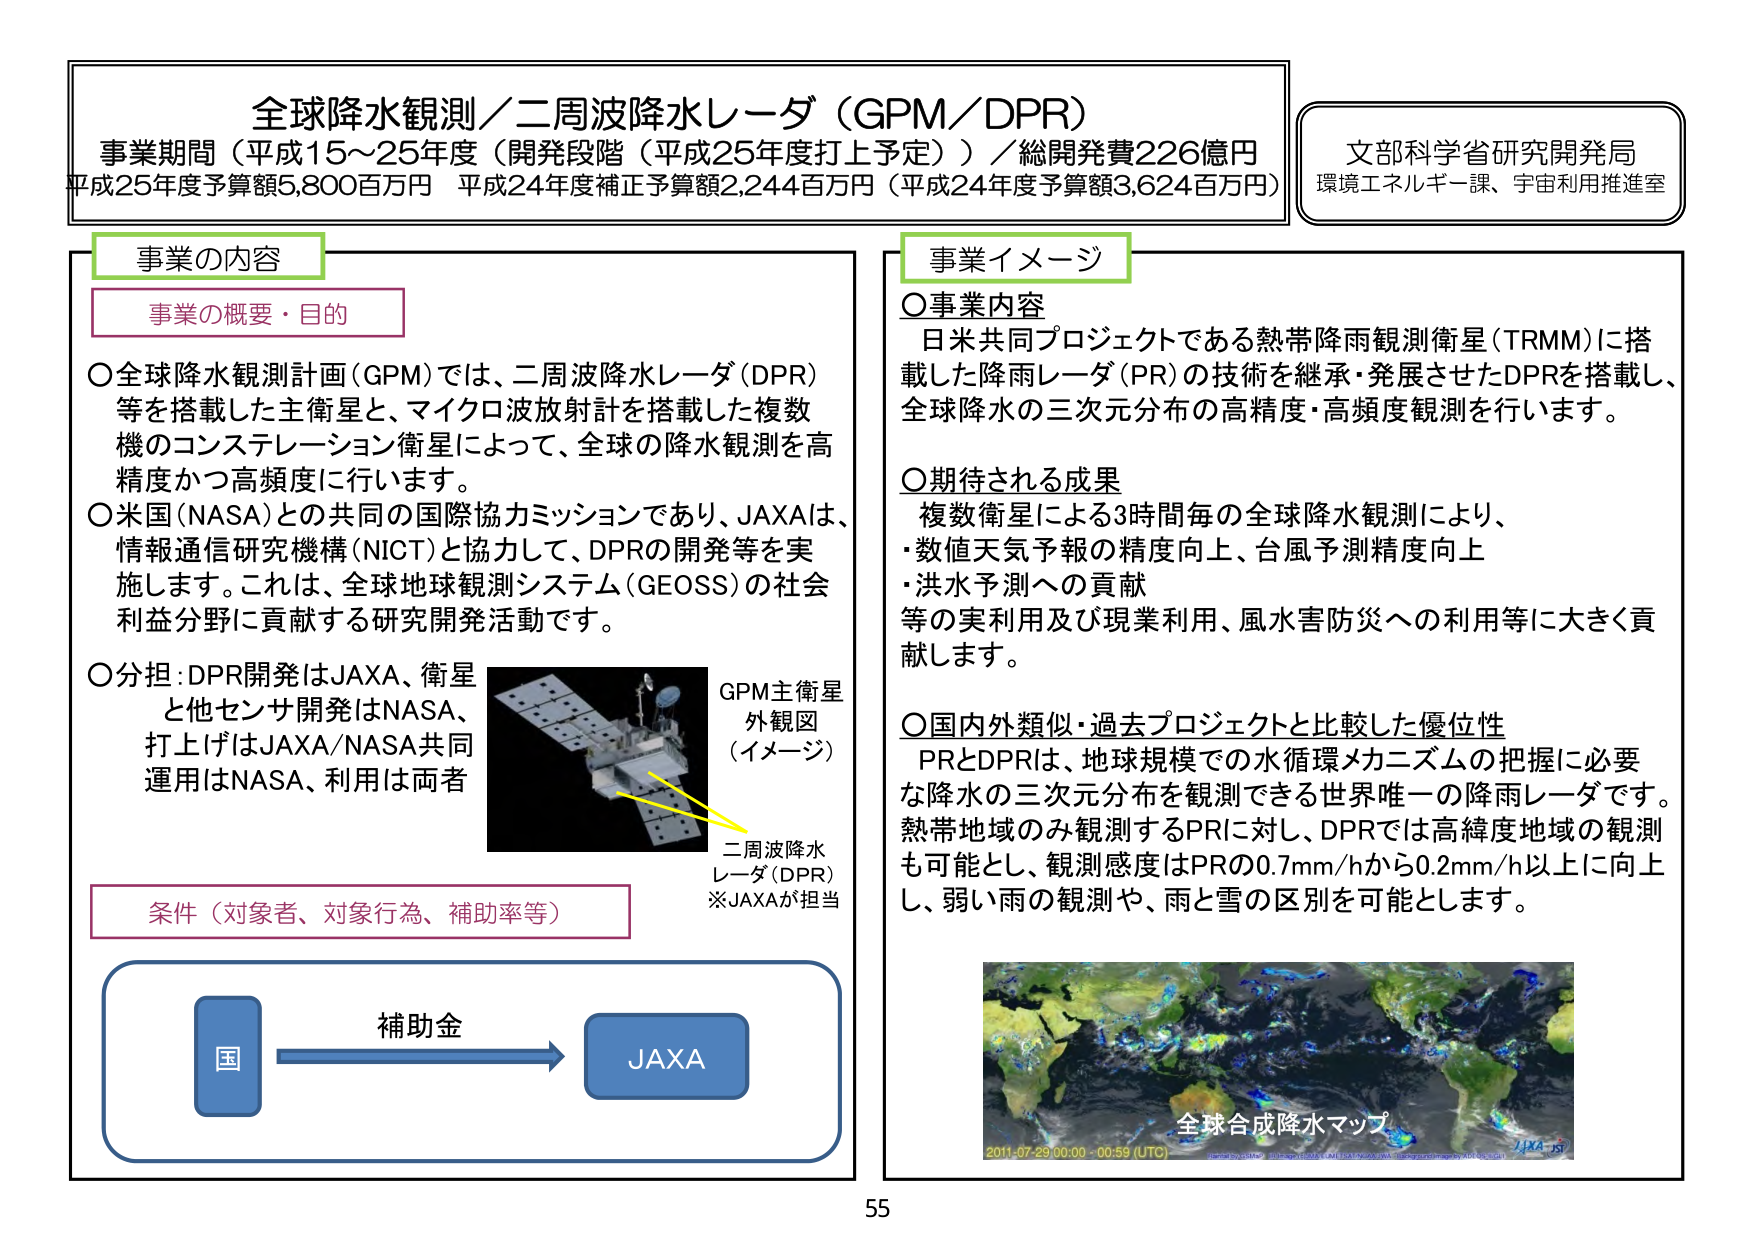
全球降水観測／二周波降水レーダ（GPM／DPR）
事業期間（平成15～25年度（開発段階（平成25年度打上予定））／総開発費226億円
平成25年度予算額5,800百万円 平成24年度補正予算額2,244百万円（平成24年度予算額3,624百万円）

文部科学省研究開発局
環境エネルギー課、宇宙利用推進室

事業の内容
事業の概要・目的
〇全球降水観測計画（GPM）では、二周波降水レーダ（DPR）等を搭載した主衛星と、マイクロ波放射計を搭載した複数機のコンステレーション衛星によって、全球の降水観測を高精度かつ高頻度に行います。
〇米国（NASA）との共同の国際協力ミッションであり、JAXAは、情報通信研究機構（NICT）と協力して、DPRの開発等を実施します。これは、全球地球観測システム（GEOSS）の社会利益分野に貢献する研究開発活動です。
〇分担：DPR開発はJAXA、衛星と他センサ開発はNASA、打上げはJAXA/NASA共同、運用はNASA、利用は両者

GPM主衛星外観図（イメージ）
二周波降水レーダ（DPR）
※JAXAが担当

条件（対象者、対象行為、補助率等）
国 → 補助金 → JAXA

事業イメージ
〇事業内容
日米共同プロジェクトである熱帯降雨観測衛星（TRMM）に搭載した降雨レーダ（PR）の技術を継承・発展させたDPRを搭載し、全球降水の三次元分布の高精度・高頻度観測を行います。

〇期待される成果
複数衛星による3時間毎の全球降水観測により、
・数値天気予報の精度向上、台風予測精度向上
・洪水予測への貢献
等の実利用及び現業利用、風水害防災への利用等に大きく貢献します。

〇国内外類似・過去プロジェクトと比較した優位性
PRとDPRは、地球規模での水循環メカニズムの把握に必要な降水の三次元分布を観測できる世界唯一の降雨レーダです。熱帯地域のみ観測するPRに対し、DPRでは高緯度地域の観測も可能とし、観測感度はPRの0.7mm/hから0.2mm/h以上に向上し、弱い雨の観測や、雨と雪の区別を可能とします。

全球合成降水マップ
2011-07-29 00:00 - 00:59 (UTC)
JAXA

55